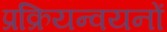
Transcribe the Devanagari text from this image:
प्रक्रियन्वयनों